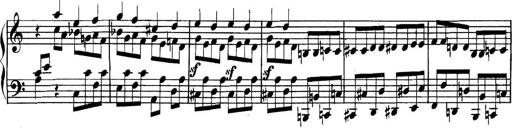
Title: Collected Piano Sonatas
Composer: Muzio Clementi